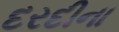
દરદીના